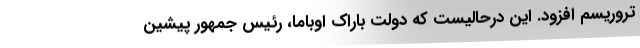
تروریسم افزود. این درحالیست که دولت باراک اوباما، رئیس جمهور پیشین